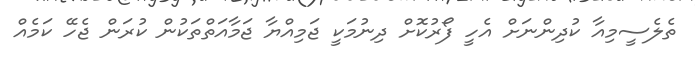
ތެލެސީމިއާ ކުދިންނަށް އެހީ ފޯރުކޮށް ދިނުމަކީ ޖަމިއްޔާ ޖަމާއަތްތަކުން ކުރަން ޖެހޭ ކަމެއް